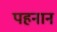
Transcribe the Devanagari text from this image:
पहनान